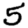
Digit: 5